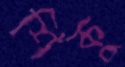
শিকু